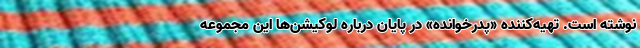
نوشته است. تهیه‌کننده «پدرخوانده» در پایان درباره لوکیشن‌ها این مجموعه